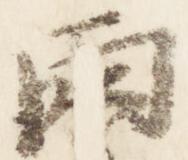
雨